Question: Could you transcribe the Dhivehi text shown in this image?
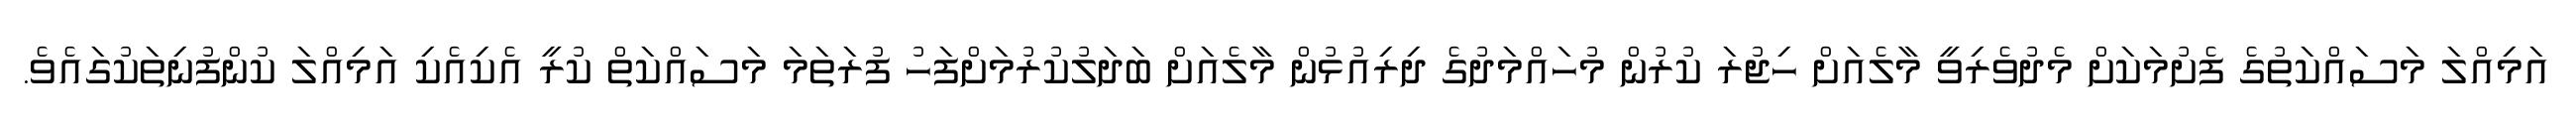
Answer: އަމިއްލަ މަސައްކަތުގެ ފެށުމަކަށް މެދުވެރިވީ މާލެއަށް ހިޖުރަ ކުރުން މުހައްމަދުގެ ދިރިއުޅުން މާލެއަށް ބަދަލުކުރުމަށްފަހު ފުރަތަމަ މަސައްކަތް ކުރީ އެކިއެކި އަމިއްލަ ކުންފުނިތަކުގައެވެ.